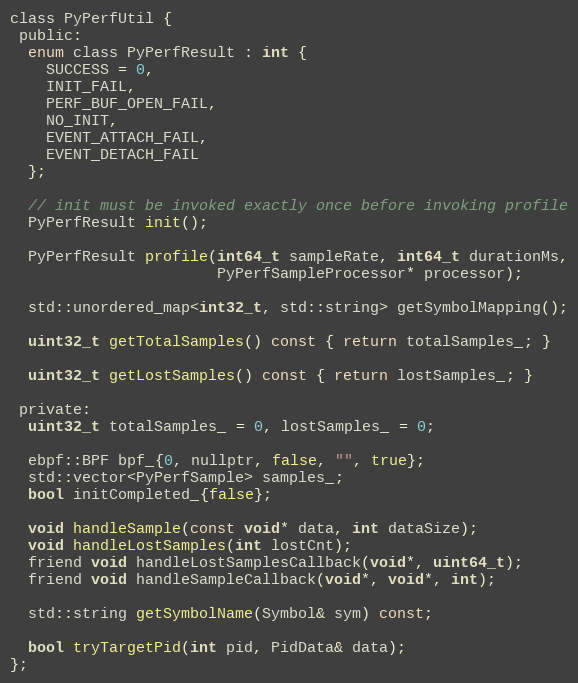
Language: C
class PyPerfUtil {
 public:
  enum class PyPerfResult : int {
    SUCCESS = 0,
    INIT_FAIL,
    PERF_BUF_OPEN_FAIL,
    NO_INIT,
    EVENT_ATTACH_FAIL,
    EVENT_DETACH_FAIL
  };

  // init must be invoked exactly once before invoking profile
  PyPerfResult init();

  PyPerfResult profile(int64_t sampleRate, int64_t durationMs,
                       PyPerfSampleProcessor* processor);

  std::unordered_map<int32_t, std::string> getSymbolMapping();

  uint32_t getTotalSamples() const { return totalSamples_; }

  uint32_t getLostSamples() const { return lostSamples_; }

 private:
  uint32_t totalSamples_ = 0, lostSamples_ = 0;

  ebpf::BPF bpf_{0, nullptr, false, "", true};
  std::vector<PyPerfSample> samples_;
  bool initCompleted_{false};

  void handleSample(const void* data, int dataSize);
  void handleLostSamples(int lostCnt);
  friend void handleLostSamplesCallback(void*, uint64_t);
  friend void handleSampleCallback(void*, void*, int);

  std::string getSymbolName(Symbol& sym) const;

  bool tryTargetPid(int pid, PidData& data);
};